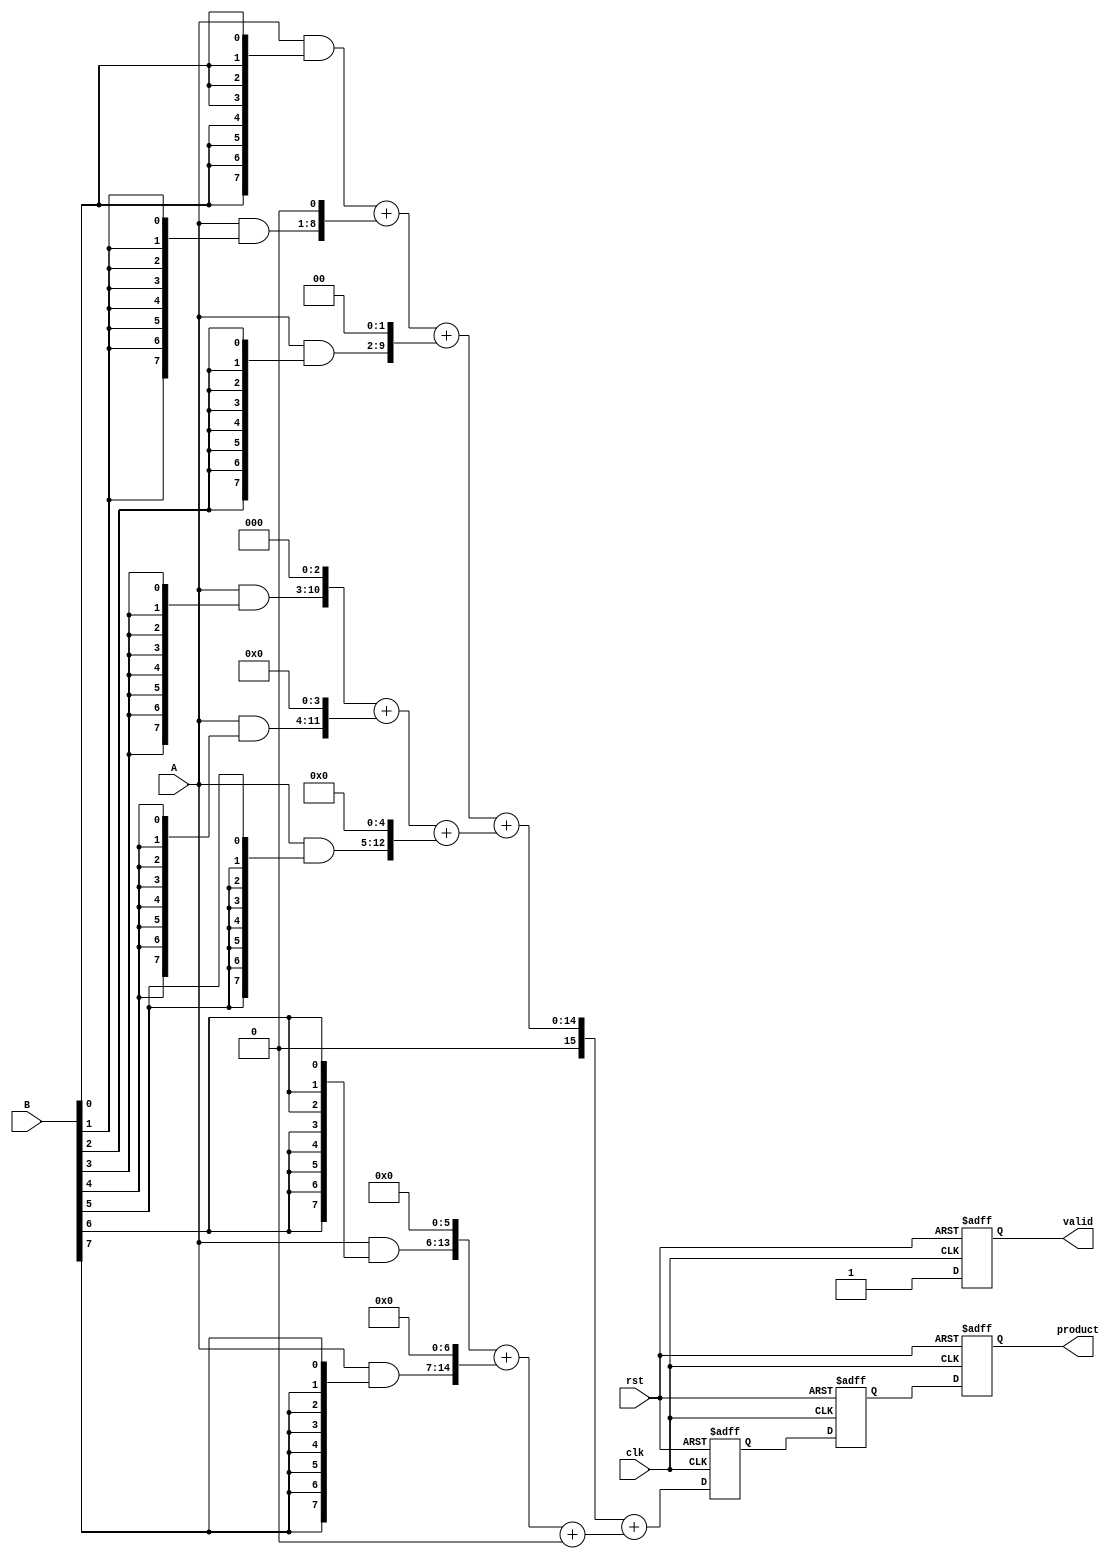
module PipelinedWallaceTreeMultiplier (
    input clk,
    input rst,
    input [7:0] A,
    input [7:0] B,
    output reg [15:0] product,
    output reg valid
);

    // Intermediate signals for partial products and reduction stages
    wire [7:0] pp[0:7]; // Partial Products
    wire [15:0] sum_stage1[0:3]; // First stage sums
    wire [15:0] sum_stage2[0:1]; // Second stage sums
    wire [15:0] final_sum; // Final sum

    // Generate Partial Products
    genvar i, j;
    generate
        for (i = 0; i < 8; i = i + 1) begin : pp_gen
            assign pp[i] = A & {8{B[i]}}; // AND operation for partial products
        end
    endgenerate

    // Stage 1: Wallace Tree Reduction (First Level)
    wire [15:0] pp_flat[0:7];
    assign pp_flat[0] = {8'b0, pp[0]};
    assign pp_flat[1] = {7'b0, pp[1], 1'b0};
    assign pp_flat[2] = {6'b0, pp[2], 2'b0};
    assign pp_flat[3] = {5'b0, pp[3], 3'b0};
    assign pp_flat[4] = {4'b0, pp[4], 4'b0};
    assign pp_flat[5] = {3'b0, pp[5], 5'b0};
    assign pp_flat[6] = {2'b0, pp[6], 6'b0};
    assign pp_flat[7] = {1'b0, pp[7], 7'b0};

    // First level reduction using half-adders and full-adders
    assign sum_stage1[0] = pp_flat[0] + pp_flat[1] + pp_flat[2];
    assign sum_stage1[1] = pp_flat[3] + pp_flat[4] + pp_flat[5];
    assign sum_stage1[2] = pp_flat[6] + pp_flat[7];

    // Stage 2: Wallace Tree Reduction (Second Level)
    assign sum_stage2[0] = sum_stage1[0] + sum_stage1[1];
    assign sum_stage2[1] = sum_stage1[2] + 16'b0; // Padding to maintain width

    // Final Stage: Last Addition
    assign final_sum = sum_stage2[0] + sum_stage2[1];

    // Pipelining registers
    reg [15:0] stage1_reg, stage2_reg;

    always @(posedge clk or posedge rst) begin
        if (rst) begin
            product <= 16'b0;
            valid <= 1'b0;
            stage1_reg <= 16'b0;
            stage2_reg <= 16'b0;
        end else begin
            // Pipeline stages
            stage1_reg <= final_sum; // Latch the final sum
            stage2_reg <= stage1_reg; // Pass to next stage
            product <= stage2_reg; // Output the final product
            valid <= 1'b1; // Indicate valid output
        end
    end

endmodule